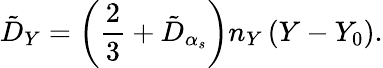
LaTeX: \tilde{D}_{Y}=\left(\frac{2}{3}+\tilde{D}_{\alpha_{s}}\right)n_{Y}\left(Y-Y_{0}\right).